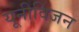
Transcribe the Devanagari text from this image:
यूनीविजन